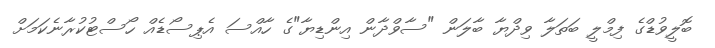
ބޮލީވުޑްގެ ފިމްލީ ބަތަލާ ވިދްޔާ ބާލަން "ސާވްދާން އިންޑިޔާ"ގެ ހާއްސަ އެޕިސޯޑެއް ހޯސްޓުކުރާނެކަމަށް